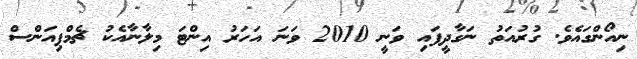
ނިއޯންގައެވެ. ގުރުއަތު ނަގާދީފައި ވަނީ 2010 ވަނަ އަހަރު އިންޓަ މިލާނާއެކު ޗެމްޕިއަންސް